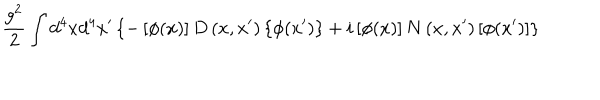
\frac { g ^ { 2 } } 2 \int d ^ { 4 } x d ^ { 4 } x ^ { \prime } \left\{ - \left[ \phi ( x ) \right] D \left( x , x ^ { \prime } \right) \left\{ \phi ( x ^ { \prime } ) \right\} + i \left[ \phi ( x ) \right] N \left( x , x ^ { \prime } \right) \left[ \phi ( x ^ { \prime } ) \right] \right\}